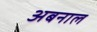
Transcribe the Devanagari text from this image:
अबनाल